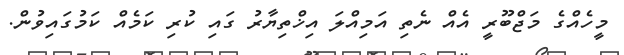
މީހެއްގެ މަޖްބޫރީ އެއް ނެތި އަމިއްލަ އިޚްތިޔާރު ގައި ކުރި ކަމެއް ކަމުގައިވުން.